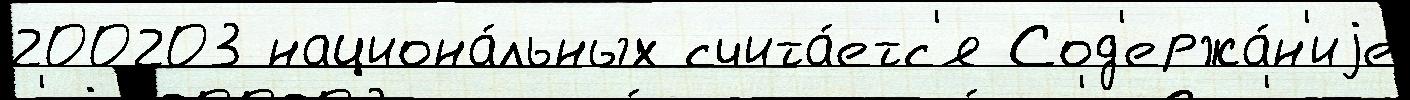
200203 национа́льных счита́етс'я Сод'ержа́н'иjе